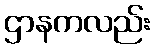
ဌာနကလည်း